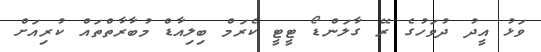
ވަޅު އީދު ދުވަހުގެ ރޭ ގާލަންޑޯ ޓީޓީ ކެރަމް ބިލިއާޑް މުބާރާތްތައް ކުރިއަށް